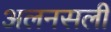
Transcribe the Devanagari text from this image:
अलनसली